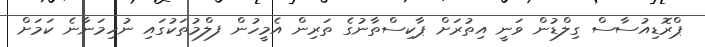
ޕްރޮޑިއުސާސް ގިލްޑުން ވަނީ އިތުރަށް ޕާކިސްތާނުގެ ތަރިން އެމީހުން ފލްމުތަކުގައި ނުހިމަނާނެ ކަމަށް